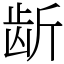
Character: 龂